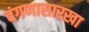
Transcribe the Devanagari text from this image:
वंगणासारखा